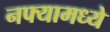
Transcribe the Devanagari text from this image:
नफ्यामध्ये